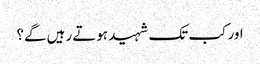
اور کب تک شہید ہوتے رہیں گے؟